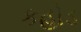
કહોડ